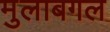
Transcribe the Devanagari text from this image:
मुलाबगल